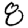
Digit: 8